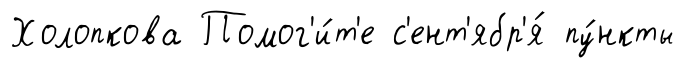
Холопкова Помог'и́т'е с'ент'ябр'я́ пу́нкты